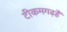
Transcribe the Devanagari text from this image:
टीकमगढ़हैं